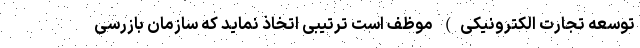
توسعه تجارت الکترونیکی) موظف است ترتیبی اتخاذ نماید که سازمان بازرسی